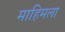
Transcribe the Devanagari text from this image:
माहिमला